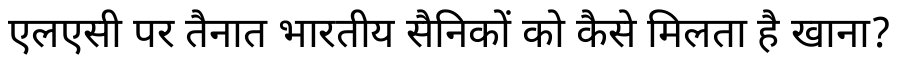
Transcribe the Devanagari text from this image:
एलएसी पर तैनात भारतीय सैनिकों को कैसे मिलता है खाना?